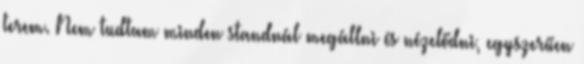
terem. Nem tudtam minden standnál megállni és nézelődni, egyszerűen